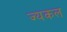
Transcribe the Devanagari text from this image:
ज्यकल